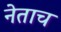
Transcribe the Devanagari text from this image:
नेताच